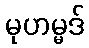
မုဟမ္မဒ်